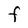
Character: F